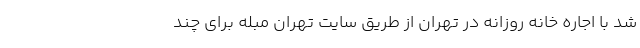
شد با اجاره خانه روزانه در تهران از طریق سایت تهران مبله برای چند